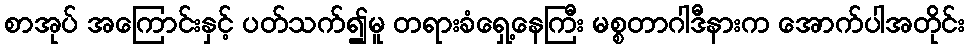
စာအုပ် အကြောင်းနှင့် ပတ်သက်၍မူ တရားခံရှေ့နေကြီး မစ္စတာဂါဒီနားက အောက်ပါအတိုင်း